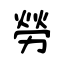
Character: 勞